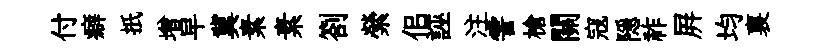
付癖扺增早冀素素劄縈佀誣注霅槍關寇隠祚屛均裏